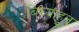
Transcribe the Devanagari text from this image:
बिघ्याहून